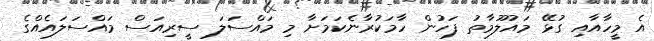
އެ މީހާއާއި ގުޅޭ މައުލޫމާތު ފަހުން ހާމަކުރާނެކަމަށާ މި މައްސަލަ ސީރިއަސް މައްސަލައެއްގެ